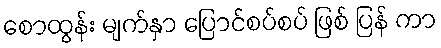
စောထွန်း မျက်နှာ ပြောင်စပ်စပ် ဖြစ် ပြန် ကာ